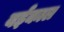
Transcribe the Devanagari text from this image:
बईकाल